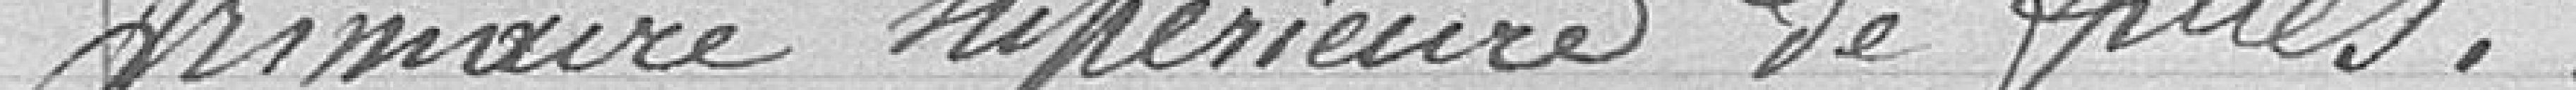
primaire supérieure de filles